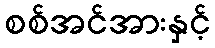
စစ်အင်အားနှင့်